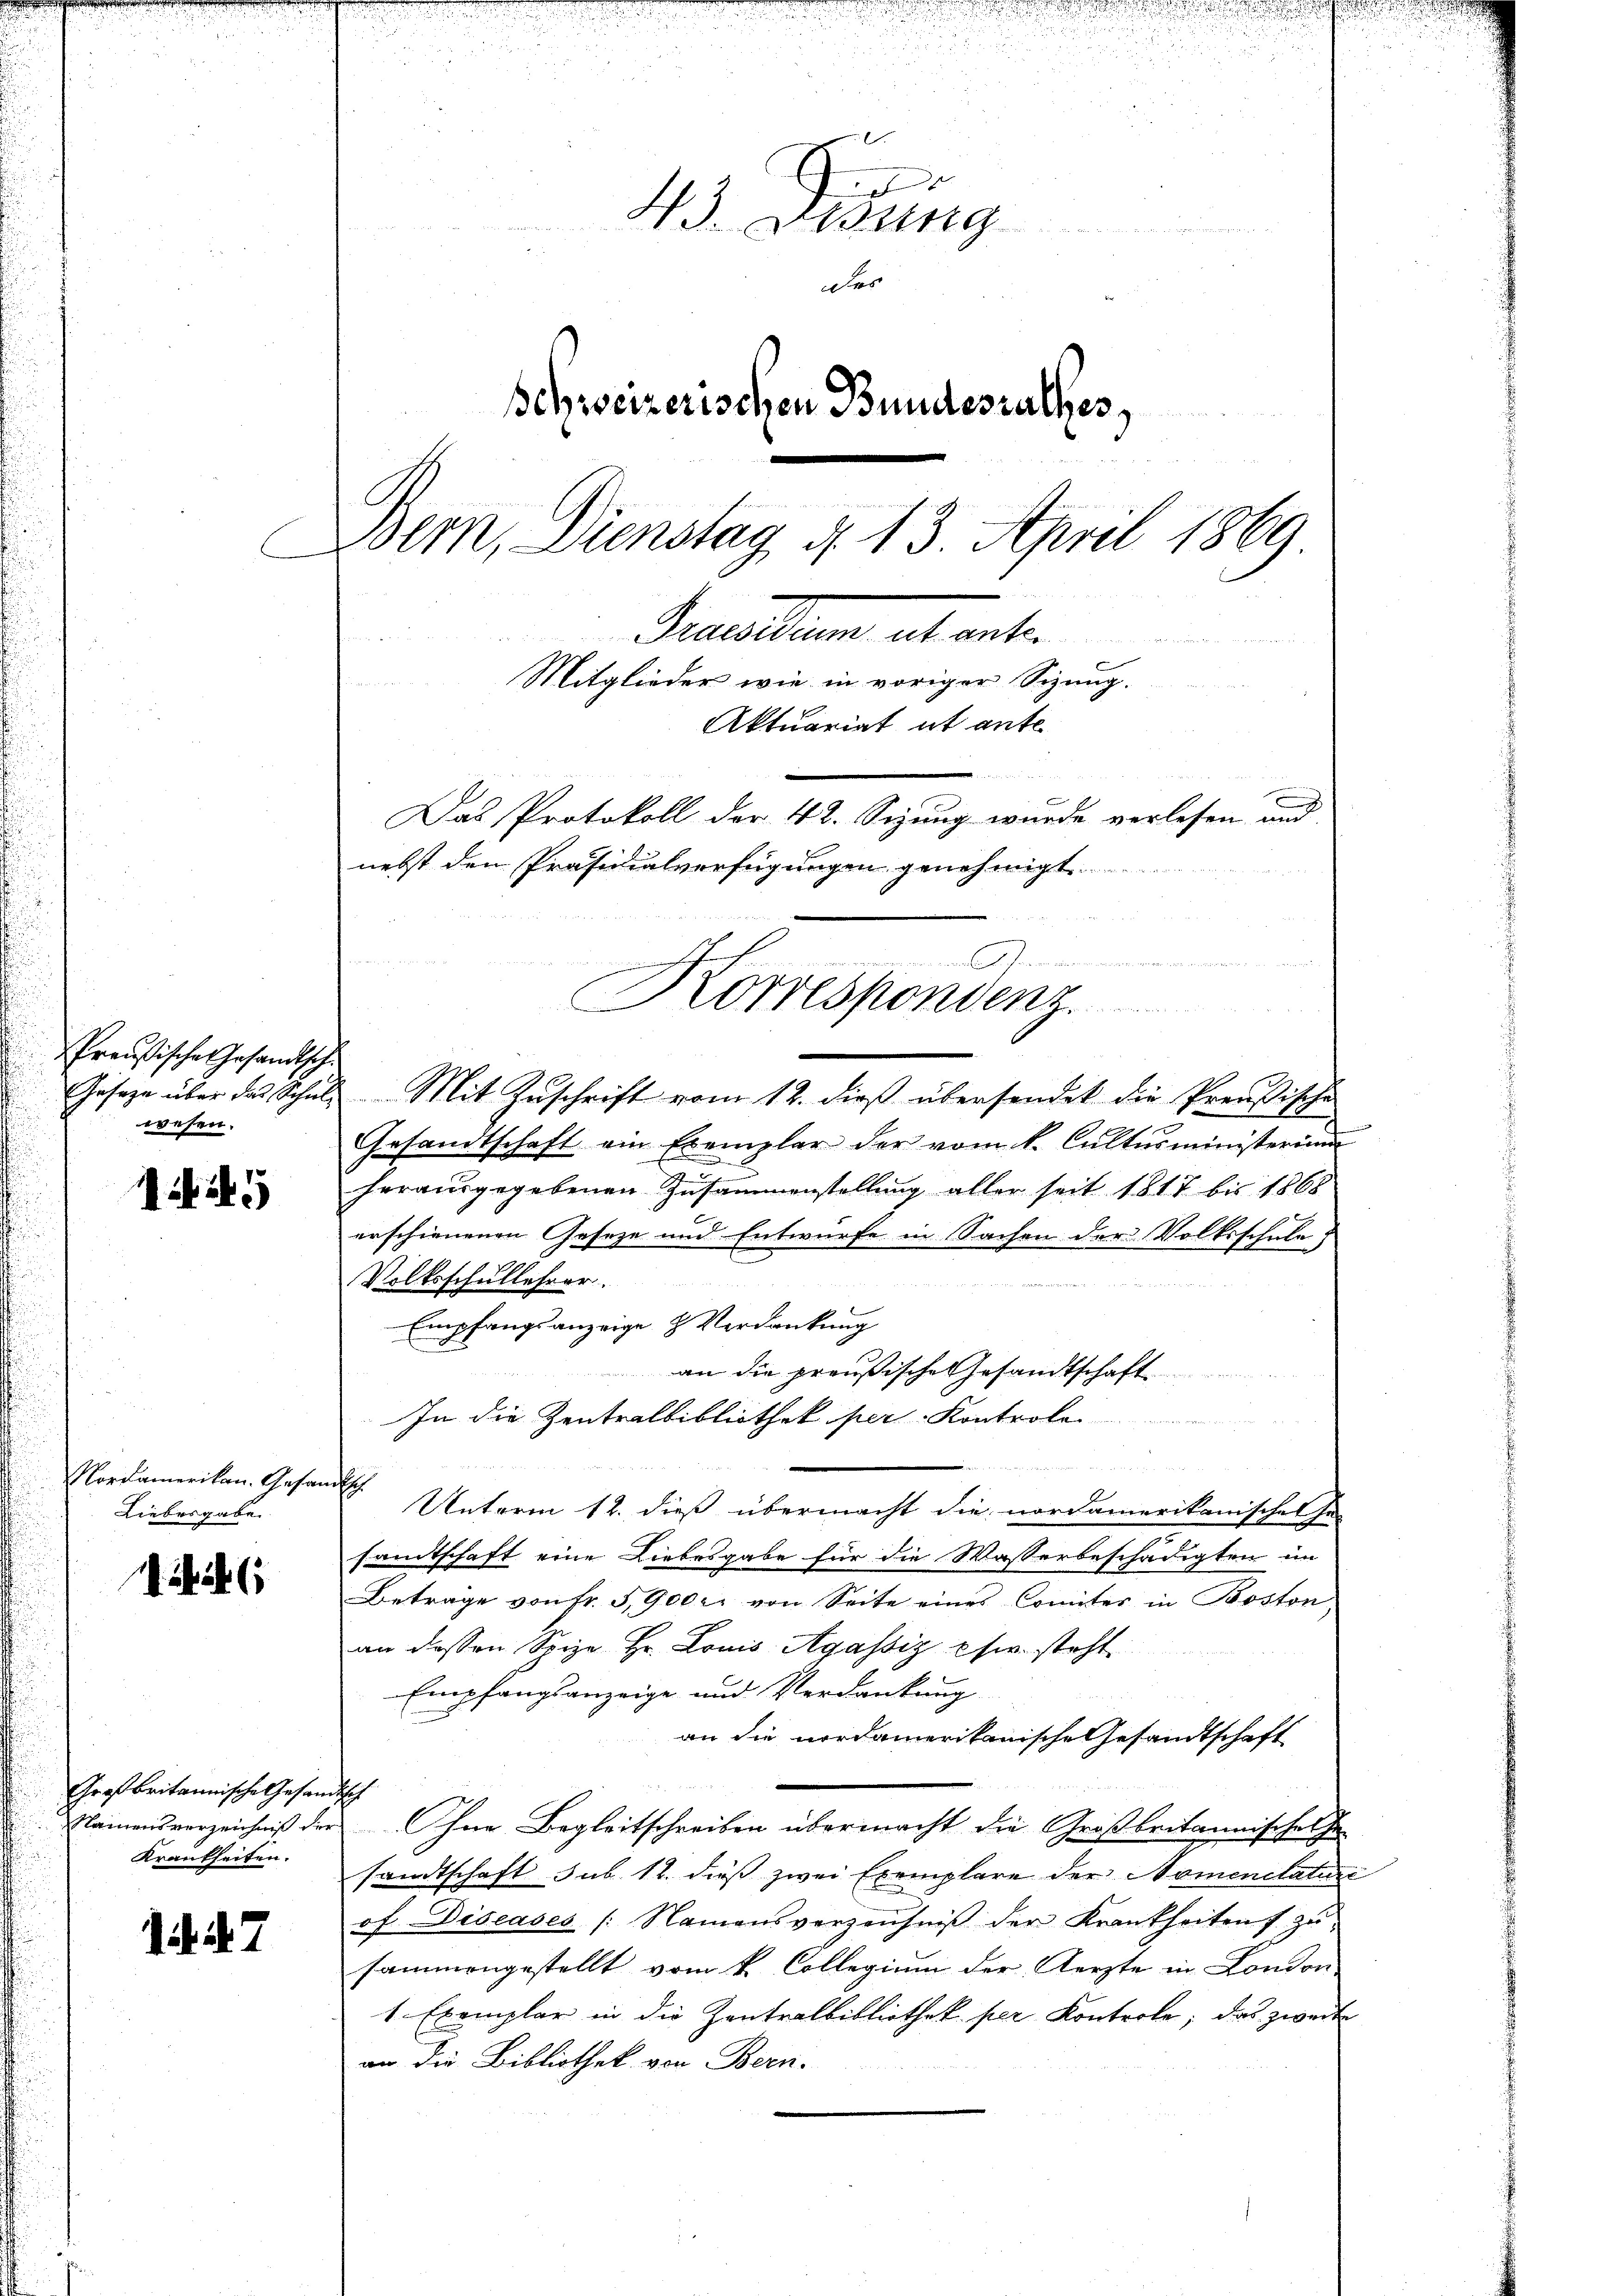
Preußische Gesandtsche
Geseze über das Schulwesen.

Mikif. 5

Nordamerikan. Gesan
Liebesgabe

ich

Großbritannische Gesandt
Namensverzeichniß der
Krankheiten.

i. d. 7

x
43. Dessing
üdes
Schweizerischen Bundesrathes,
Der, Dienstag §. 13. April 1869
Gruentum abante
Mitglieder wie in voriger Sizung.
m
Aktuariat it ante
Das Protokoll der 42. Sizung wurde verlesen und
nebst den Präsidialverfügungen genehmigt

Mit Zŭschrift vom 12. dieβ übersendet die Preußische
Gesandtschaft ein Exemplar der vom k. Cultŭsministerium
herausgegebenen Zusammenstellung aller seit 1817 bis 1868
erschienenen Geseze und Entwurfe in Sachen der Volksschule
Volksschullehrer.

Empfangsanzeige & Verdankung
an die preußische Gesandtschaft
In die Zentralbibliothek per Kontrole

d
Unterm 12. dieß übermacht die nordamerikanischen Ge-
samtschaft eine Liebesgabe für die Wasserbeschädigten im
Betrage von Fr. 5900 er von Seite eines Comites in Boston
an dessen Spize Hr. Louis Agassiz psw. steht
Empfangsanzeige und Verdankung
an die nordamerikanische Gesandtschaft
s
Ohne Begleitschreiben übermacht die Großbritannischelhe
sandtschaft sub. 12. dieß zwei Exemplare der Namenclature
of. Discases (Namensverzeichniβ der Krankheiten zŭ
sammengestellt vom k. Collegium der Aerzte in London,
1 Exemplar in die Zentralbibliothek per Kontrole, das zweite
an die Bibliothek von Bern.

.
Vorrespondenz.